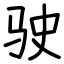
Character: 驶